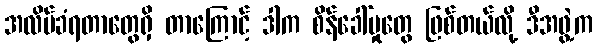
အလိမ်ခံရတာတွေရှိ တာကြောင့် ဒါက စိန်ခေါ်မှုတွေ ဖြစ်တယ်လို့ ဒီအဖွဲ့က